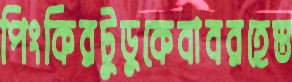
পিংকিরটুডুকেবাবরহেস্ত